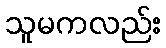
သူမကလည်း